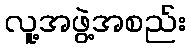
လူ့အဖွဲ့အစည်း